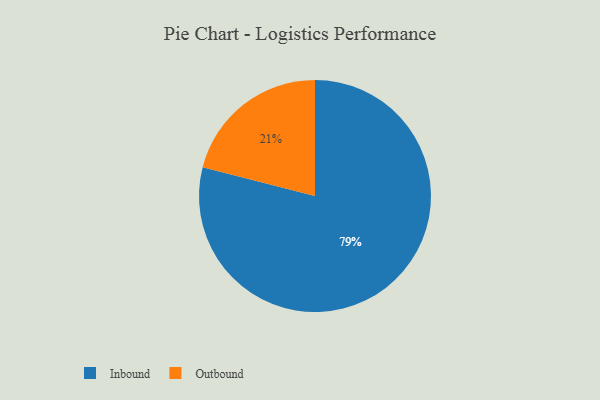
{"axis": {"x": "Category", "y": "Percentage"}, "legend": ["Inbound", "Outbound"], "data": [{"x": "Outbound", "y": 21, "type": "Outbound"}, {"x": "Inbound", "y": 79, "type": "Inbound"}]}